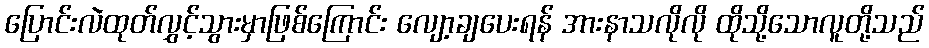
ပြောင်းလဲထုတ်လွှင့်သွားမှာဖြစ်ကြောင်း လျော့ချပေးရန် အားနာသလိုလို ထိုသို့သောလူတို့သည်